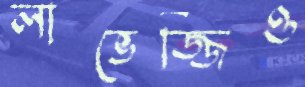
লাভেজ্জিও